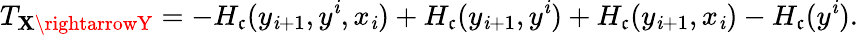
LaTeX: T_{\mathbf{X}\rightarrowY}=-H_{\mathfrak{c}}(y_{\mathit{i}+1},y^{\mathit{i}},x_{\mathit{i}})+H_{\mathfrak{c}}(y_{\mathit{i}+1},y^{\mathit{i}})+H_{\mathfrak{c}}(y_{\mathit{i}+1},x_{\mathit{i}})-H_{\mathfrak{c}}(y^{\mathit{i}}).